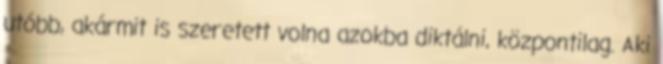
utóbb, akármit is szeretett volna azokba diktálni, központilag. Aki